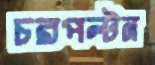
চরপল্টন